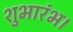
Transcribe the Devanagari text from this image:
शुभारंभ।